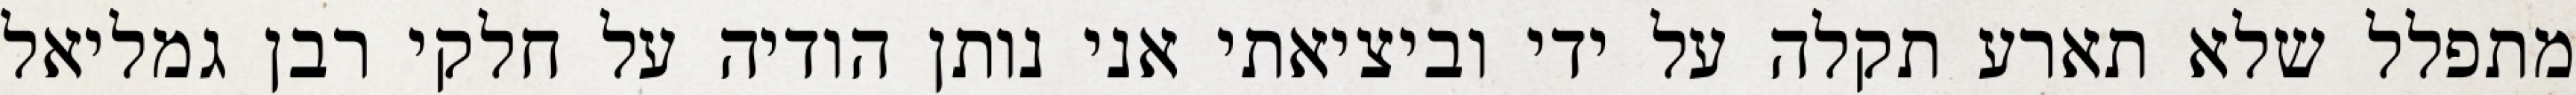
מתפלל שלא תארע תקלה על ידי וביציאתי אני נותן הודיה על חלקי רבן גמליאל